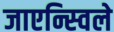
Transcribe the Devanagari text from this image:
जाएन्स्विले